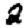
Digit: 2